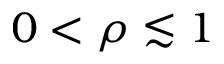
0 < \rho \lesssim 1